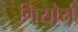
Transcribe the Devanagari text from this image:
गिसोर्स